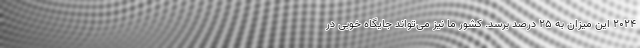
۲۰۲۴ این میزان به ۲۵ درصد برسد. کشور ما نیز می‌تواند جایگاه خوبی در